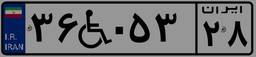
۲۱W۴۳۸۱۸